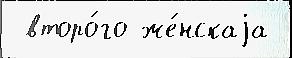
 второ́го же́нскаjа